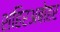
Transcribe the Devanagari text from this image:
शहिरअबोहर